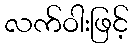
လက်ဝါးဖြင့်